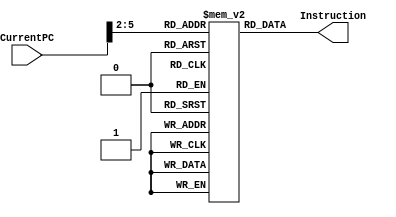
module InstructionMemory          
 (  
      input    		 [31:0]     CurrentPC,  
      output wire     [31:0]     Instruction  
 );  
 
 
 		wire [31:0] counterInst;
      reg [31:0] instr[15:0];  
		//if the PC 0 then implies first 32 bit instruction
		//if PC 4 then second instruction
		//PC 8 3 instruction
      //initialize the instructions
		initial  
      begin  
               instr[0] = 32'b0000_0000_0000_0000_0000_0000_0000_0000; 
					instr[1] = 32'b0000_0000_0000_0000_0000_0000_0000_0000;
					instr[2] = 32'b0000_0000_0000_0000_0000_0000_0000_0000;
					instr[3] = 32'b0000_0000_0000_0000_0000_0000_0000_0000;
					instr[4] = 32'b0000_0000_0000_0000_0000_0000_0000_0000;
					instr[5] = 32'b0000_0000_0000_0000_0000_0000_0000_0000;
					instr[6] = 32'b0000_0000_0000_0000_0000_0000_0000_0000;
					instr[7] = 32'b0000_0000_0000_0000_0000_0000_0000_0000;
					instr[8] = 32'b0000_0000_0000_0000_0000_0000_0000_0000;
					instr[9] = 32'b0000_0000_0000_0000_0000_0000_0000_0000;
					instr[10] = 32'b0000_0000_0000_0000_0000_0000_0000_0000;
					instr[11] = 32'b0000_0000_0000_0000_0000_0000_0000_0000;
					instr[12] = 32'b0000_0000_0000_0000_0000_0000_0000_0000;
					instr[13] = 32'b0000_0000_0000_0000_0000_0000_0000_0000;
					instr[14] = 32'b0000_0000_0000_0000_0000_0000_0000_0000;
					instr[15] = 32'b0000_0000_0000_0000_0000_0000_0000_0000;	
		
		end
                
		assign counterInst={2'b00,CurrentPC[31:2]}; //it gives the instruction number because PC increases 4 by 4
      assign Instruction = instr[counterInst];  
 endmodule